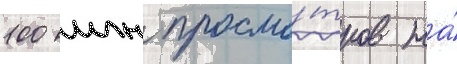
100 млн просмо́тров на́